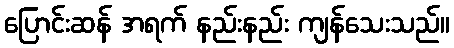
ပြောင်းဆန် အရက် နည်းနည်း ကျန်သေးသည်။